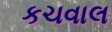
કચવાલ